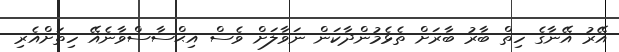
އޭރު އޭނާގެ ހިތް ބާރު ބާރަށް ތެޅެމުންދާކަން ނަވާލަށް ވެސް އިޙްސާސްވާނެއޭ ހިތަށްއެރި